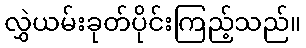
လွှဲယမ်းခုတ်ပိုင်းကြည့်သည်။